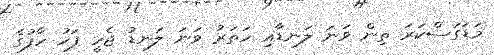
މަޑަގަސްކަރަ ތިން ވަނަ ލަނޑާއި ހަތަރު ވަނަ ލަނޑު ޖެހީ ފަހު ހާފުގެ